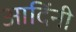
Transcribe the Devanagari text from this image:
आदिंनी